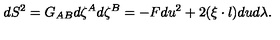
d S ^ { 2 } = G _ { A B } d \zeta ^ { A } d \zeta ^ { B } = - F d u ^ { 2 } + 2 ( \xi \cdot l ) d u d \lambda .